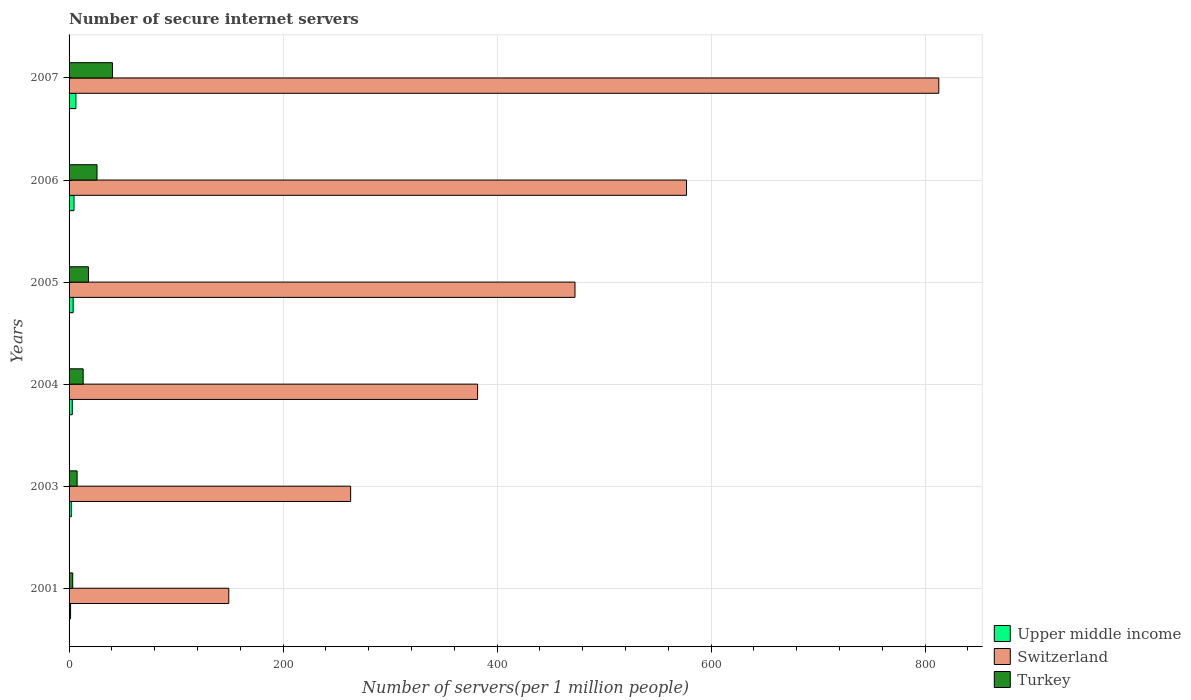
| Years | Upper middle income | Switzerland | Turkey |
 | --- | --- | --- | --- |
 | 2001 | 1.41 | 149 | 3.41 |
 | 2003 | 2.06 | 263 | 7.51 |
 | 2004 | 3 | 382 | 13.2 |
 | 2005 | 3.82 | 473 | 18.1 |
 | 2006 | 4.6 | 577 | 26.1 |
 | 2007 | 6.38 | 813 | 40.5 |